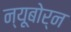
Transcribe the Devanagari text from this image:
न्यूबोर्न